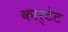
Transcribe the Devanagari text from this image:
कार्टेट